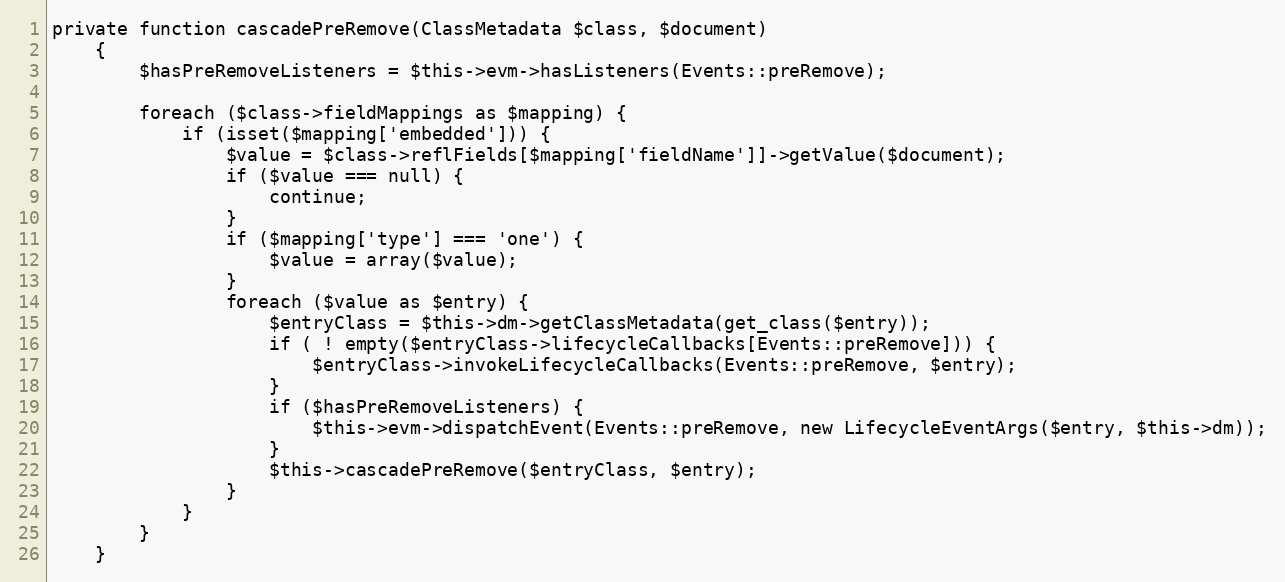
Language: PHP
private function cascadePreRemove(ClassMetadata $class, $document)
    {
        $hasPreRemoveListeners = $this->evm->hasListeners(Events::preRemove);

        foreach ($class->fieldMappings as $mapping) {
            if (isset($mapping['embedded'])) {
                $value = $class->reflFields[$mapping['fieldName']]->getValue($document);
                if ($value === null) {
                    continue;
                }
                if ($mapping['type'] === 'one') {
                    $value = array($value);
                }
                foreach ($value as $entry) {
                    $entryClass = $this->dm->getClassMetadata(get_class($entry));
                    if ( ! empty($entryClass->lifecycleCallbacks[Events::preRemove])) {
                        $entryClass->invokeLifecycleCallbacks(Events::preRemove, $entry);
                    }
                    if ($hasPreRemoveListeners) {
                        $this->evm->dispatchEvent(Events::preRemove, new LifecycleEventArgs($entry, $this->dm));
                    }
                    $this->cascadePreRemove($entryClass, $entry);
                }
            }
        }
    }